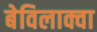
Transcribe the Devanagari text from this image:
बेविलाक्वा